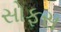
સોફસ